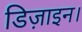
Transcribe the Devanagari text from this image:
डिज़ाइन।